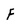
Character: F